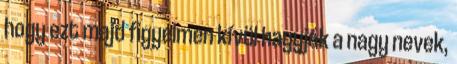
hogy ezt majd figyelmen kívül hagyják a nagy nevek,